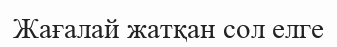
Жағалай жатқан сол елге